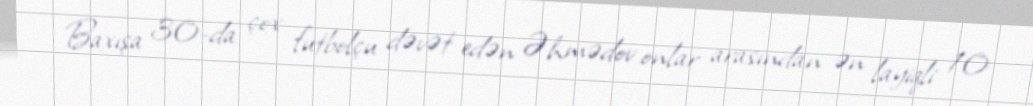
Baxışa 30-da çox futbolçu dəvət edən Əhmədov onlar arasından ən layiqli 10